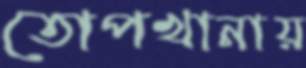
তোপখানায়